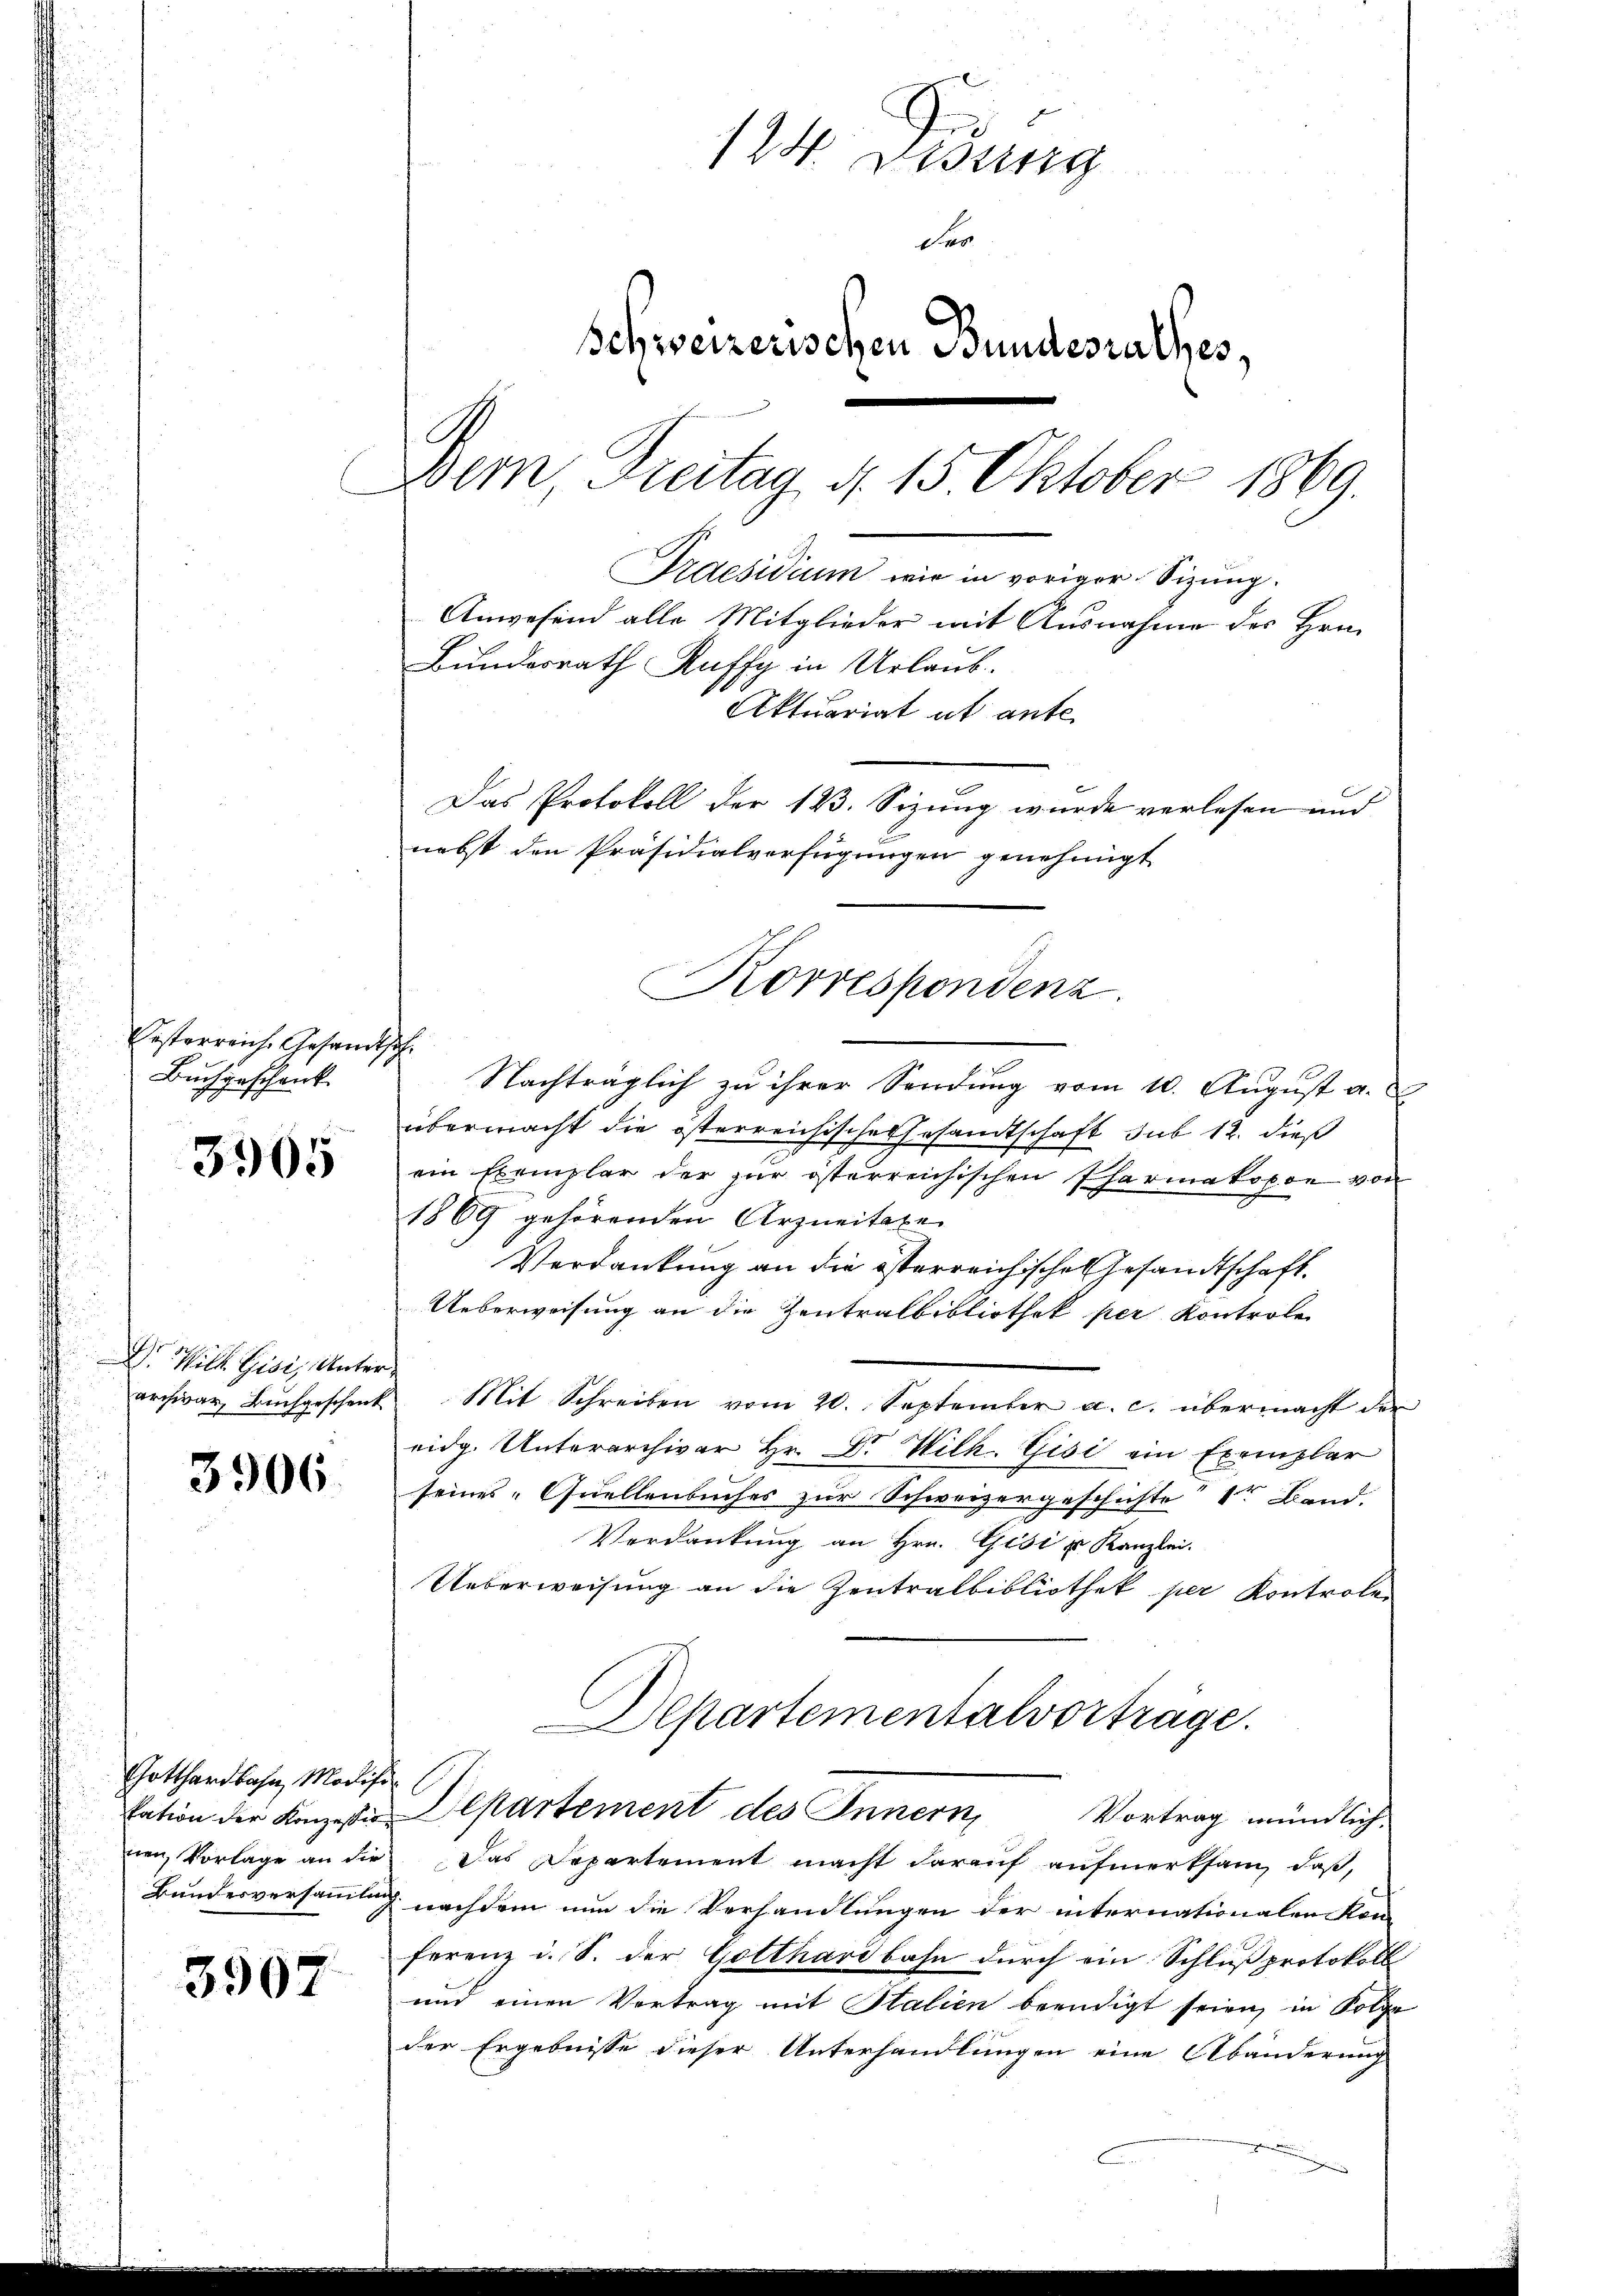
3565

3906.

3907

Pesterreiche Gesandtsch
Buchgeschenk

D. Wille Gisi, Unter¬

Gotthardbahn, Modifi¬

124. Disung
der
Schweizerischen Bundesrathes,
Dein Freitag d. 15 Oktober 1869.
Praesidium wie in voriger Sitzung.
Anwesend alle Mitglieder mit Ausnahme des Hrn.
Bundesrath Ruffy in Urlaub.
Aktuariat ut ante

Nachträglich zu ihrer Sendung vom 10. August a.
übermacht die österreichisches Gesandtschaft sub 12. dieß
ein Exemplar der zur österreichischen Pharmakopon von
1869 gehörenden Arzneitaxe
Verdankung an die österreichischen Gesandtschaft.
Ueberweisung an die Zentralbibliothek per Kontrole
archivar, Bŭchgeschenk Mit Schreiben vom 20. September a. c. übermacht der
eidg. Unterarchivar Hr. Dr. Wilk. Gisi ein Exemplar
seines Quellenbuches zur Schweizergeschichte der Band.
Verdankung an Hrn. Gisi u Kanzlei-
Ueberweisung an die Zentralbibliothek per Kontrole
Departementalvorträge.
Eation der Konzen Departement des Innern, Vortrag mündlich
nen Vorlage an die Das Departement macht darauf aufmerksam, daß,
Bundesversammlung nachdem nun die Verhandlungen der internationalen Kon-
ferenz u. S. der Gotthardbahn durch ein Schluß protokoll
und einen Vertrag mit Stalien beendigt seien, in Folge
der Ergebnisse dieser Unterhandlungen eine Abänderung

Das Protokoll der 123. Sizung wurde verlesen und
nebst den Präsidialverfügungen genehmigt
Korrespondenz.

.